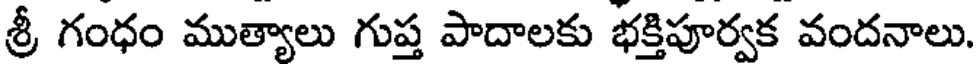
శ్రీ గంధం ముత్యాలు గుప్త పాదాలకు భక్తిపూర్వక వందనాలు.